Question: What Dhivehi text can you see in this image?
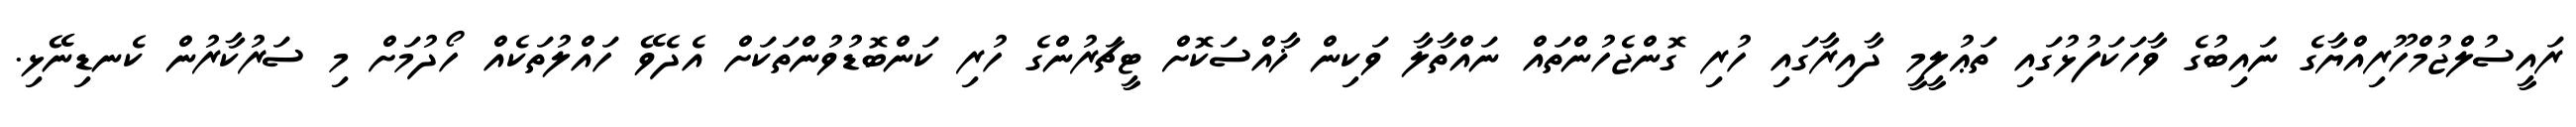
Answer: ރައީސުލްޖުމްހޫރިއްޔާގެ ނައިބުގެ ވާހަކަފުޅުގައި ތަޢުލީމީ ދާއިރާގައި ހުރި ގޮންޖެހުންތައް ނައްތާލާ ވަކިން ޚާއްސަކޮށް ޓީޗަރުންގެ ހުރި ކަންބޮޑުވުންތަކަށް އެދެވޭ ހައްލުތަކެއް ހޯދުމަށް މި ސަރުކާރުން ކެނޑިނޭޅި.